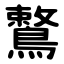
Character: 鷘